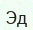
Эд